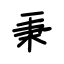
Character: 秉